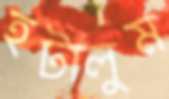
হটালুম